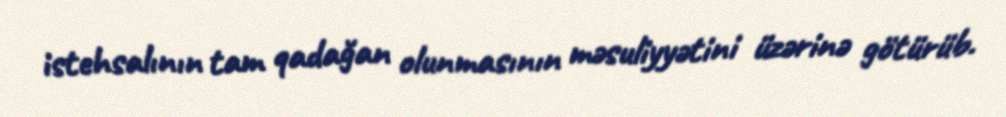
istehsalının tam qadağan olunmasının məsuliyyətini üzərinə götürüb.